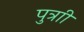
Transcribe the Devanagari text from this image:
पुत्राी